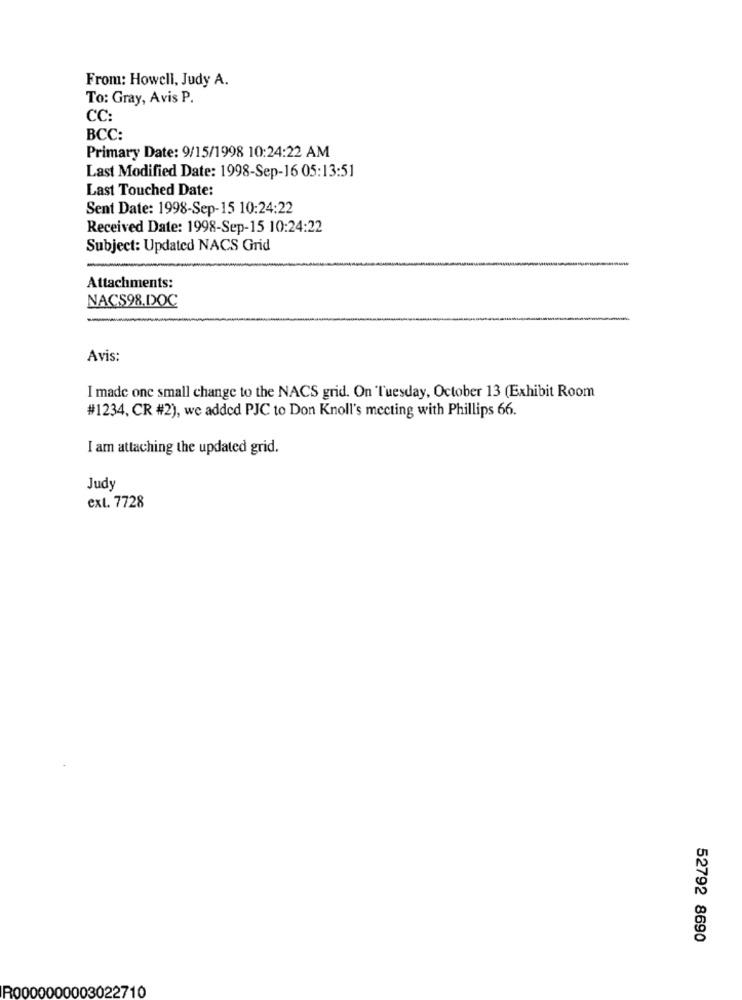
From: Howell, Judy A.
To: Gray, Avis P.
CC:
BCC:
Primary Date: 9/15/1998 10:24:22 AM
Last Modified Date: 1998-Sep-16 05:13:51
Last Touched Date:
Sent Date: 1998-Sep-15 10:24:22
Received Date: 1998-Sep-15 10:24:22
Subject: Updated NACS Grid
Attachments:
NACS98.DOC
Avis:
I made one small change to the NACS grid. On Tuesday, October 13 (Exhibit Room
#1234, CR #2), we added PJC to Don Knoll's meeting with Phillips 66.
I am attaching the updated grid.
Judy
ext. 7728
52792 8690
R0000000003022710